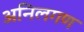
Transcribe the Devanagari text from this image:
अनिलगण